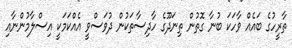
ތާރީހުގެ ބައެއް ވާހަކަ ބުނާ ގޮތުން ތިނަދޫގެ ހާދިސާތަކުން ދުވަސްވީ އެއްކަމަކީ އިސްލާމުންނާއި